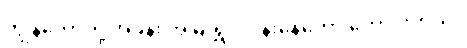
ကျွန်တော်တို့ အခန်း အမြဲ ရွှင်လန်းနေတော့ ကောင်းတယ်။